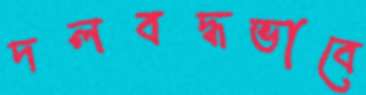
দলবদ্ধভাবে